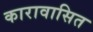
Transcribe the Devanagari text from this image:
कारावासित